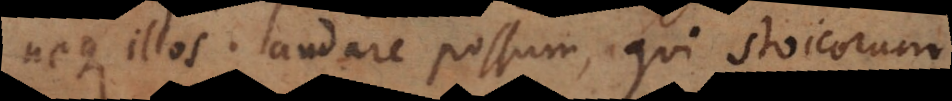
neque illos laudare possum, qui Stoicorum